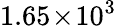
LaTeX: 1.65\! \times\! 10^{3}